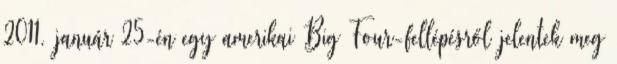
2011. január 25-én egy amerikai Big Four-fellépésről jelentek meg